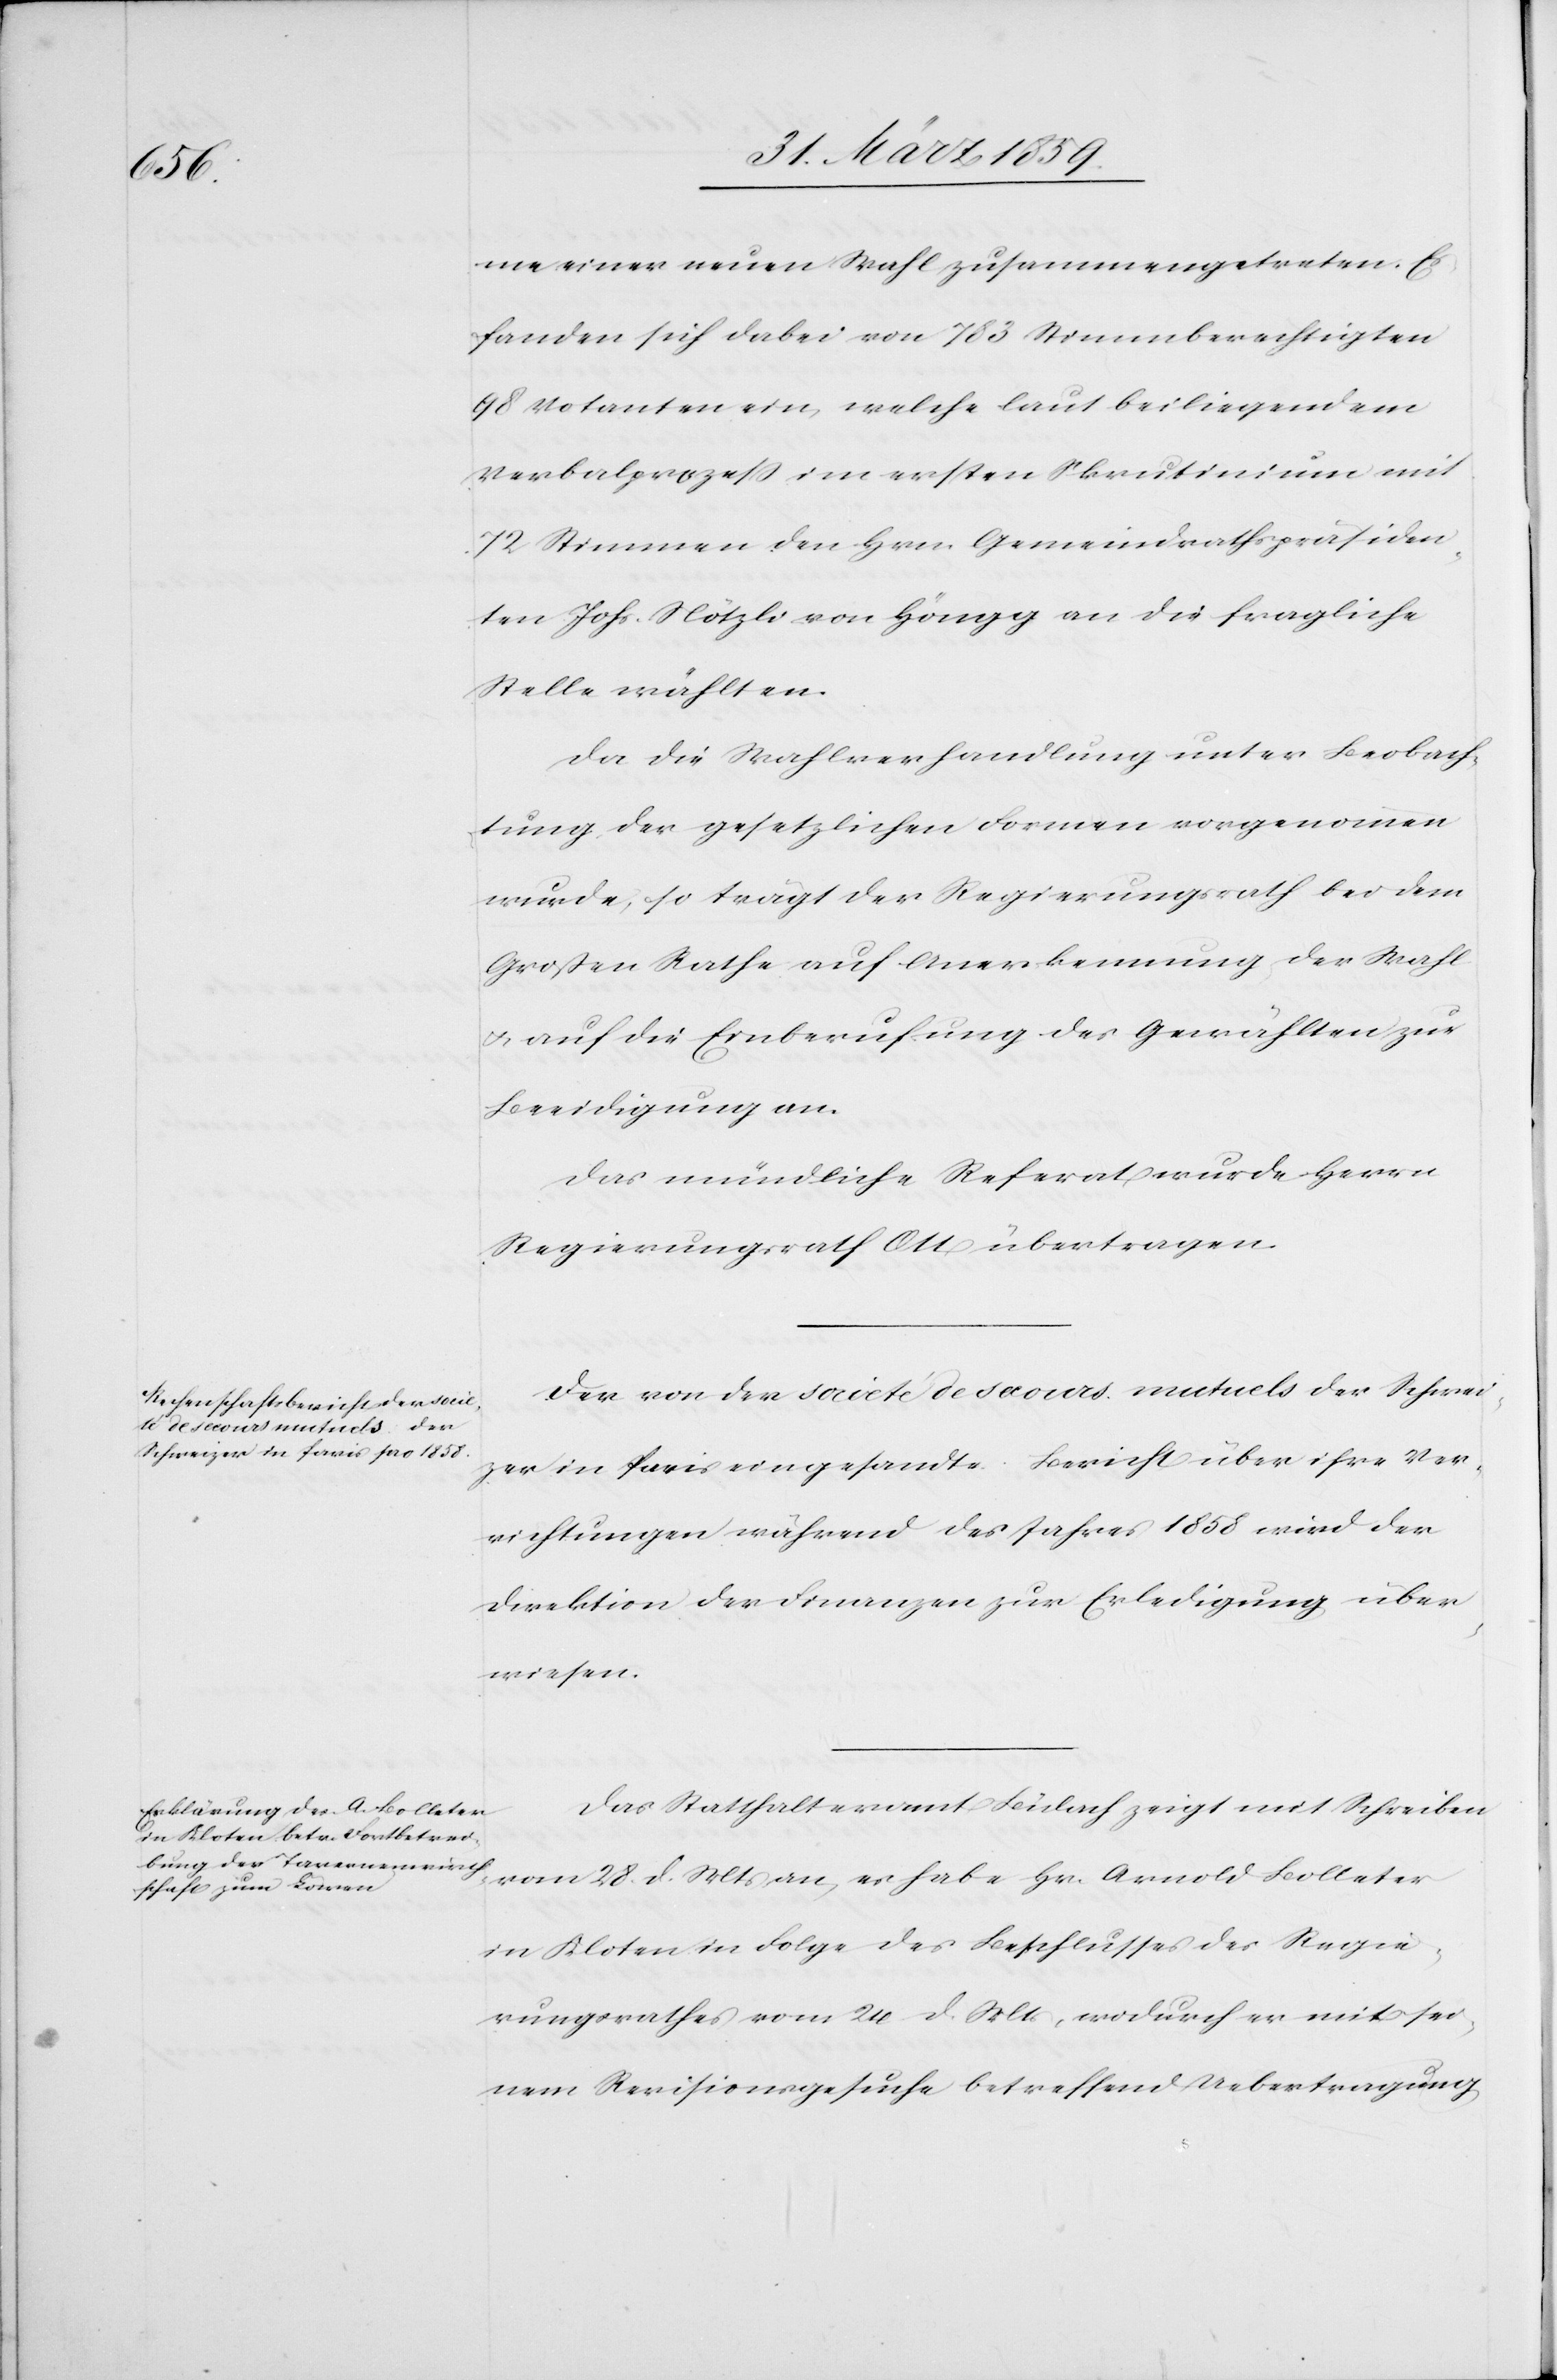
me einer neuen Wahl zusammengetreten. Es
fanden sich dabei von 783 Stimmberechtigten
98 Votanten ein, welche laut beiliegendem
Verbalprozeß im ersten Skrutinium mit
72 Stimmer den Hrn. Gemeindrathspräsiden¬
ten Johs. Nötzli von Höngg an die fragliche
Stelle wählten.
Da die Wahlverhandlung unter Beobach¬
tung der gesetzlichen Formen vorgenommen
wurde, so trägt der Regierungsrath bei dem
Großen Rathe auf Anerkennung der Wahl
u. auf die Einberufung des Gewählten zur
Beeidigung an.
Das mündliche Referat wurde Herrn
Regierungsrath Ott übertragen.
Der von der societé de secours mutuels der Schwei¬
zer in Paris eingesandte Bericht über ihre Ver¬
richtungen während des Jahres 1858 wird der
Direktion der Finanzen zur Erledigung über¬
wiesen.
Das Statthalteramt Bülach zeigt mit Schreiben
vom 28. d. Mts an, es habe Hr. Arnold Bolleter
in Kloten in Folge des Beschlusses des Regie¬
rungsrathes vom 24. d. Mts, wodurch er mit sei¬
nem Revisionsgesuche betreffend Uebertragung